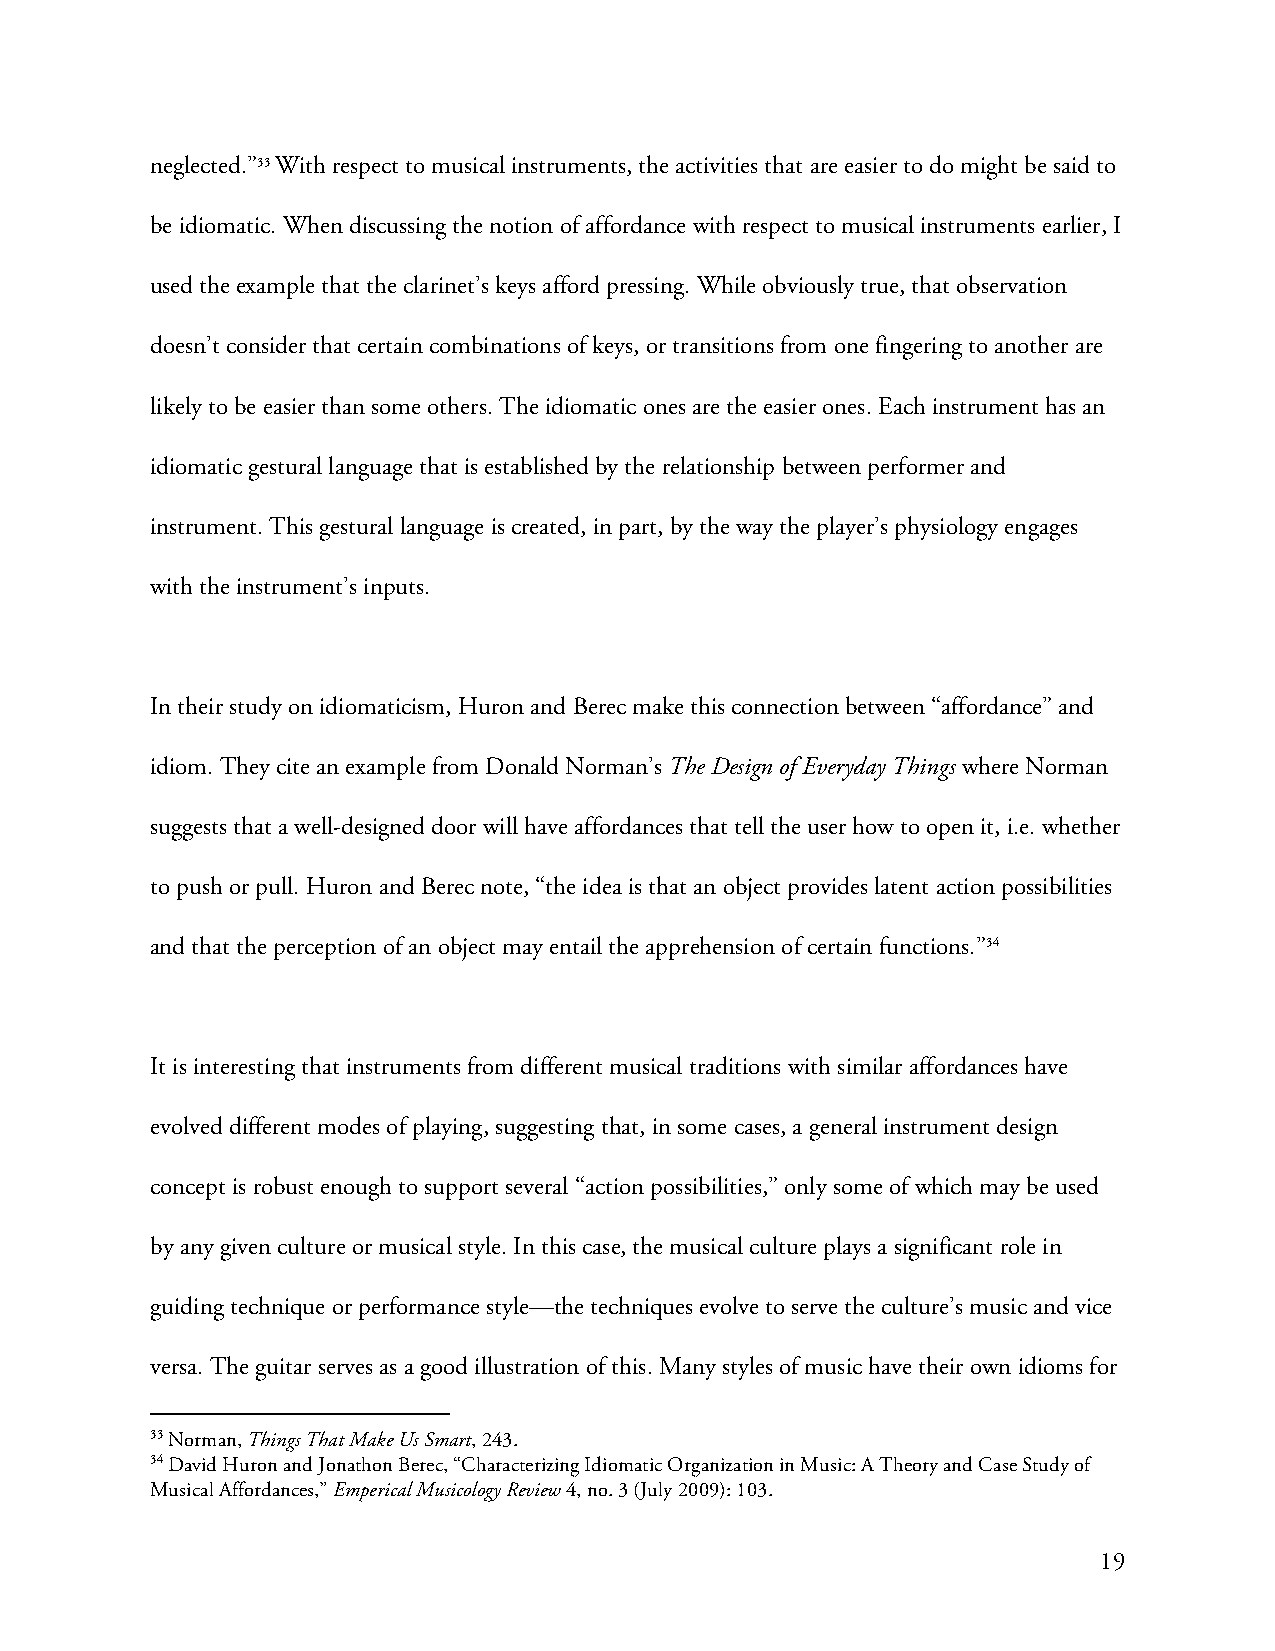
neglected.”33 With respect to musical instruments, the activities that are easier to do might be said to
 be idiomatic. When discussing the notion of affordance with respect to musical instruments earlier, I
 used the example that the clarinet’s keys afford pressing. While obviously true, that observation
 doesn’t consider that certain combinations of keys, or transitions from one fingering to another are
 likely to be easier than some others. The idiomatic ones are the easier ones. Each instrument has an
 idiomatic gestural language that is established by the relationship between performer and
 instrument. This gestural language is created, in part, by the way the player’s physiology engages
 with the instrument’s inputs.
 In their study on idiomaticism, Huron and Berec make this connection between “affordance” and
 idiom. They cite an example from Donald Norman’s The Design of Everyday Things where Norman
 suggests that a well-designed door will have affordances that tell the user how to open it, i.e. whether
 to push or pull. Huron and Berec note, “the idea is that an object provides latent action possibilities
 and that the perception of an object may entail the apprehension of certain functions.”34
 It is interesting that instruments from different musical traditions with similar affordances have
 evolved different modes of playing, suggesting that, in some cases, a general instrument design
 concept is robust enough to support several “action possibilities,” only some of which may be used
 by any given culture or musical style. In this case, the musical culture plays a significant role in
 guiding technique or performance style—the techniques evolve to serve the culture’s music and vice
 versa. The guitar serves as a good illustration of this. Many styles of music have their own idioms for
 33 Norman, Things That Make Us Smart, 243.
 34 David Huron and Jonathon Berec, “Characterizing Idiomatic Organization in Music: A Theory and Case Study of
 Musical Affordances,” Emperical Musicology Review 4, no. 3 (July 2009): 103.
 19